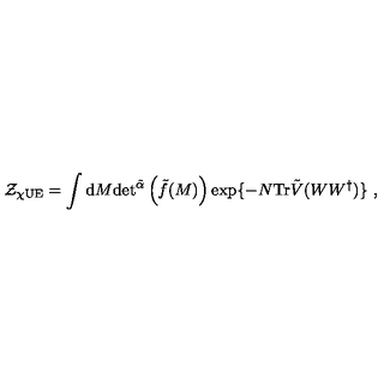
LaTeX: \mathcal { Z } _ { \chi \mathrm { U E } } = \int \mathrm { d } M \mathrm { d e t } ^ { \tilde { \alpha } } \left( \tilde { f } ( M ) \right) \exp \{ - N \mathrm { T r } \tilde { V } ( W W ^ { \dagger } ) \} \ ,